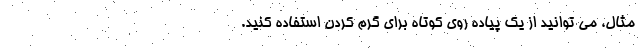
مثال، می توانید از یک پیاده روی کوتاه برای گرم کردن استفاده کنید.